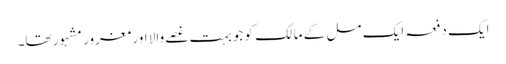
ایک دفعہ ایک مل کے مالک کو جو بہت غصے والا اور مغرور مشہور تھا۔